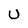
Character: U